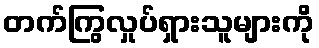
တက်ကြွလှုပ်ရှားသူများကို